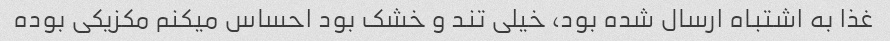
غذا به اشتباه ارسال شده بود، خیلی تند و خشک بود احساس میکنم مکزیکی بوده